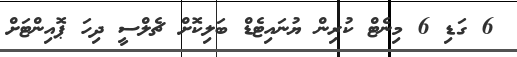
6 ގަޑި 6 މިނެޓް ކުރިން ޔުނައިޓެޑް ބަލިކޮށް ޗެލްސީ ދިހަ ޕޮއިންޓަށް